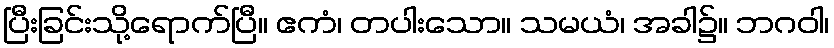
ပြီးခြင်းသို့ရောက်ပြီ။ ဧကံ၊ တပါးသော။ သမယံ၊ အခါ၌။ ဘဂဝါ၊